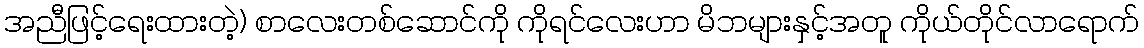
အညီဖြင့်ရေးထားတဲ့) စာလေးတစ်ဆောင်ကို ကိုရင်လေးဟာ မိဘများနှင့်အတူ ကိုယ်တိုင်လာရောက်